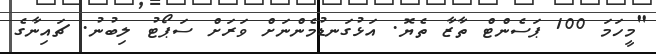
"މީހަމަ 100 ޕަސެންޓް ތާޒާ ތެޔޮ. އަޅުގަނޑުމެންނަށް ވަރަށް ސަޕޯޓު ލިބުނު. ޗައިނާގެ